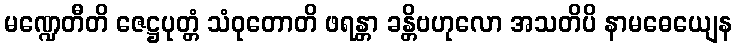
မဏ္ဍေတီတိ ဇေဋ္ဌပုတ္တံ သံဝုတောတိ ဖရန္တာ ခန္တိဗဟုလော အသတိပိ နာမဓေယျေန